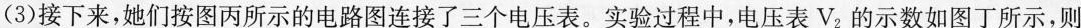
(3)接下来，她们按图丙所示的电路图连接了三个电压表。实验过程中，电压表V_{2}的示数如图丁所示，则